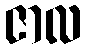
ဇာလ